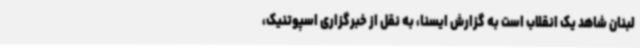
لبنان شاهد یک انقلاب است به گزارش ایسنا، به نقل از خبرگزاری اسپوتنیک،